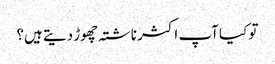
تو کیا آپ اکثر ناشتہ چھوڑ دیتے ہیں؟